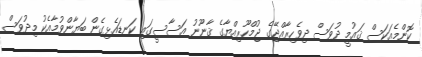
ކޮންމެއަކަސް ޤައުމީ ދުވަސް ދިވެހިރާއްޖޭގެ ޖުމްހޫރިއްޔާގެ ޤާނޫނު އަސާސީގައި ކަނޑައެޅިގެން ބަޔާންވުމާއެކު މިދުވަސް